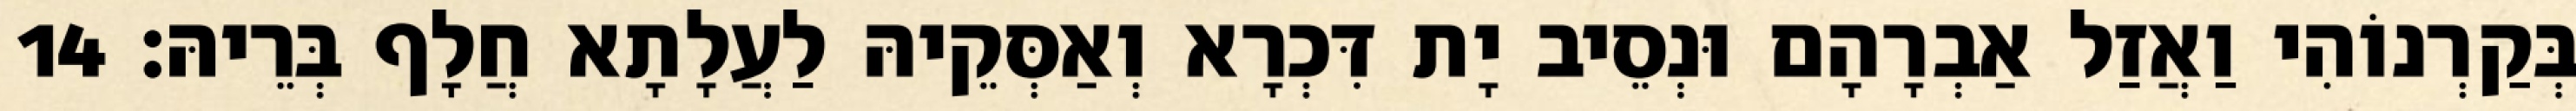
בְּקַרְנוֹהִי וַאֲזַל אַבְרָהָם וּנְסֵיב יָת דִּכְרָא וְאַסְּקֵיהּ לַעֲלָתָא חֲלָף בְּרֵיהּ׃ 14